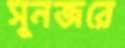
সুনজরে